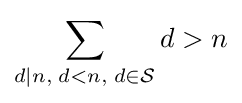
\sum _{d\mid {n},\;d<n,\;d\in {\mathcal {S}}}d>{n}